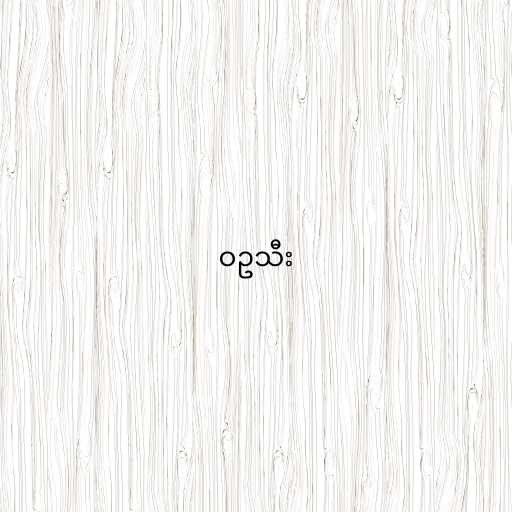
ဝဥသီး